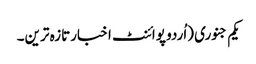
یکم جنوری (اُردو پوائنٹ اخبارتازہ ترین۔